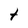
Character: t